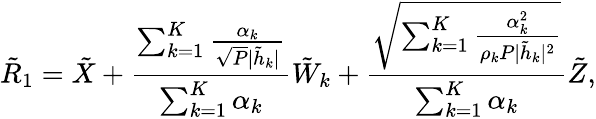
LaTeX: {{{\tilde{R}}}_{1}}={{\tilde{X}}}+\frac{\sum_{k=1}^{K}\frac{\alpha_{k}}{\sqrt{P}|\tilde{h}_{k}|}}{\sum_{k=1}^{K}\alpha_{k}}{\tilde{W}_{k}}+\frac{\sqrt{\sum_{k=1}^{K}\frac{\alpha_{k}^{2}}{\rho_{k}P|\tilde{h}_{k}|^{2}}}}{\sum_{k=1}^{K}\alpha_{k}}{{\tilde{Z}}},